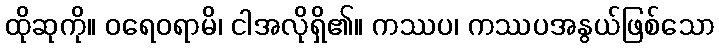
ထိုဆုကို။ ဝရေဝရာမိ၊ ငါအလိုရှိ၏။ ကဿပ၊ ကဿပအနွယ်ဖြစ်သော